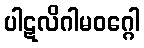
ပါဋလိဂါမဝဂ္ဂေါ